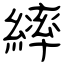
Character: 繂